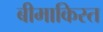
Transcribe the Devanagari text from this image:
बीमाकिस्त